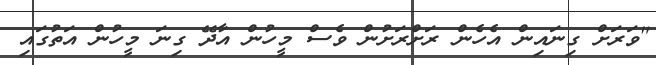
"ވަރަށް ގިނައިން އެހެން ރަށްރަށުން ވެސް މީހުން އާދޭ ގިނަ މީހުން އަތުގައި